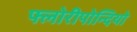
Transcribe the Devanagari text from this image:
फ्लोरीपोन्दियो